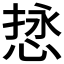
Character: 𫺖